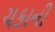
ચકાની